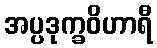
အပ္ပဒုက္ခဝိဟာရီ